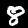
Label: 8